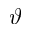
\vartheta